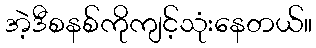
အဲ့ဒီစနစ်ကိုကျင့်သုံးနေတယ်။